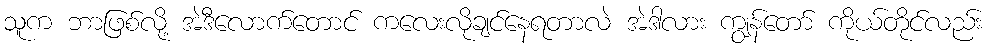
သူက ဘာဖြစ်လို့ အဲဒီလောက်တောင် ကလေးလိုချင်နေရတာလဲ အဲဒါလား ကျွန်တော် ကိုယ်တိုင်လည်း